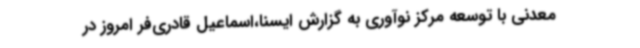
معدنی با توسعه مرکز نوآوری به گزارش ایسنا،اسماعیل قادری‌فر امروز در